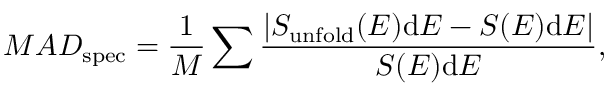
M A D _ { \mathrm { s p e c } } = \frac { 1 } { M } \sum \frac { | S _ { \mathrm { u n f o l d } } ( E ) \mathrm { d } E - S ( E ) \mathrm { d } E | } { S ( E ) \mathrm { d } E } ,